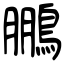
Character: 鵬